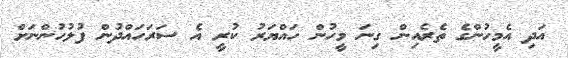
އަދި އެމީހުންގެ ތެރެއިން ގިނަ މީހުން ހައްޔަރު ކުރީ އެ ސަރަހައްދުން ފުލުހުންނަށް